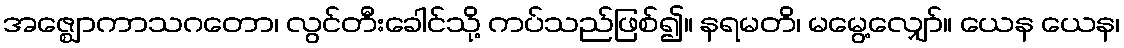
အဇ္ဈောကာသဂတော၊ လွင်တီးခေါင်သို့ ကပ်သည်ဖြစ်၍။ နရမတိ၊ မမွေ့လျှော်။ ယေန ယေန၊